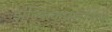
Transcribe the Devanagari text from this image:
झुल्फिकारखानाने